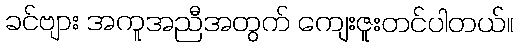
ခင်ဗျား အကူအညီအတွက် ကျေးဇူးတင်ပါတယ်။